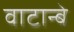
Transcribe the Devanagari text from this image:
वाटान्बे